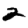
Digit: 2